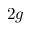
2 g